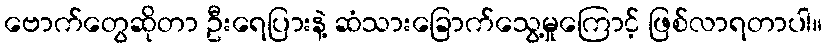
ဗောက်တွေဆိုတာ ဦးရေပြားနဲ့ ဆံသားခြောက်သွေ့မှုကြောင့် ဖြစ်လာရတာပါ။